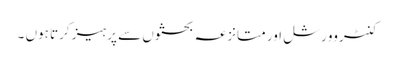
کنٹروورشل اور متانزعہ بحثوں سے پرہیز کرتا ہوں ۔